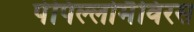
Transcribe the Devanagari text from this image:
पेपिल्लोमैविरस